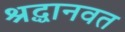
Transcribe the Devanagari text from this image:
श्रद्धानवत